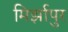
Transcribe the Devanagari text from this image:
मिर्झापुर